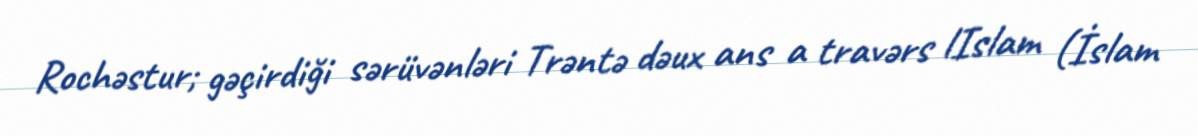
Rochəstur; gəçirdiği sərüvənləri Trəntə dəux ans a travərs lIslam (İslam